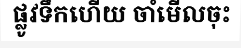
ផ្លូវទឹកហើយ ចាំមើលចុះ